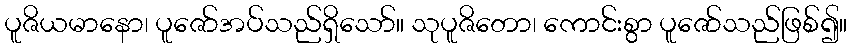
ပူဇိယမာနော၊ ပူဇော်အပ်သည်ရှိသော်။ သုပူဇိတော၊ ကောင်းစွာ ပူဇော်သည်ဖြစ်၍။